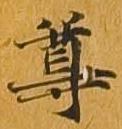
尊